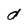
Character: d